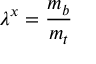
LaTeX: \lambda ^ { x } = \frac { m _ { b } } { m _ { t } }